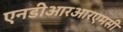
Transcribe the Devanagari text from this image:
एनडीआरआरएमसी